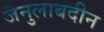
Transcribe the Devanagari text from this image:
जैनुलाबदीन